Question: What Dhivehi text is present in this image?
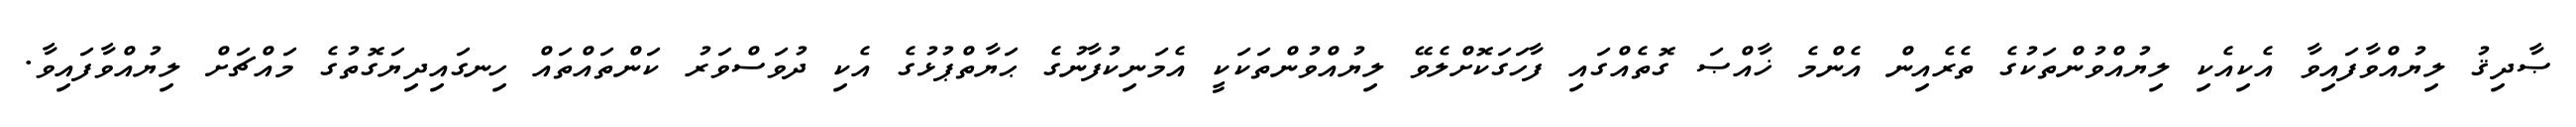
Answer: ޞާދިޤު ލިޔުއްވާފައިވާ އެކިއެކި ލިޔުއްވުންތަކުގެ ތެރެއިން އެންމެ ޚާއްޞަ ގޮތެއްގައި ފާހަގަކޮށްލެވޭ ލިޔުއްވުންތަކަކީ އެމަނިކުފާނުގެ ޙަޔާތްޕުޅުގެ އެކި ދުވަސްވަރު ކަންތައްތައް ހިނގައިދިޔަގޮތުގެ މައްޗަށް ލިޔުއްވާފައިވާ.